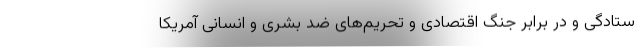
ستادگی و در برابر جنگ اقتصادی و تحریم‌های ضد بشری و انسانی آمریکا